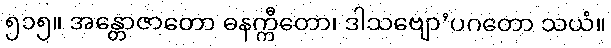
၅၁၅။ အန္တောဇာတော ဓနက္ကီတော၊ ဒါသဗျော’ပဂတော သယံ။